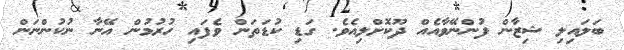
ބަލައިލި ޝިޒާން ފުންނޭވާއެއް ދޫކޮށްލިއެވެ. ގަޑި ކުޑަތަން ވެފައި ހުރުމުން އޭނާ ނުކުންނަން